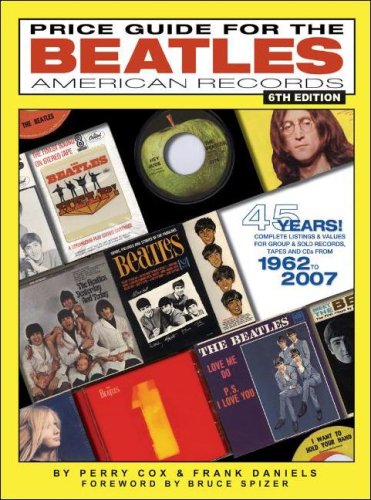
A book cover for Price Guide for the Beatles American Records; Perry Cox; Crafts, Hobbies & Home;